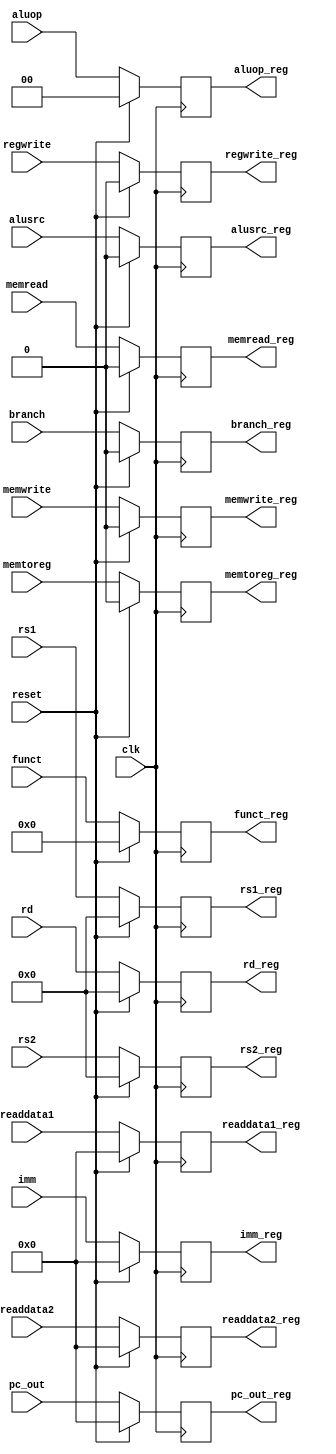

module ID_EX(
input clk,
input reset,
input  [63:0] pc_out,readdata1,readdata2, imm,
input  [4:0] rs1, rs2, rd,
input  [3:0] funct,
input  branch, memread, memtoreg, memwrite, regwrite, alusrc,
input  [1:0] aluop,
output reg [63:0]pc_out_reg,readdata1_reg,readdata2_reg, imm_reg,
output reg [4:0] rs1_reg, rs2_reg, rd_reg,
output reg [3:0] funct_reg,
output reg branch_reg, memread_reg, memtoreg_reg, memwrite_reg, regwrite_reg, alusrc_reg,
output reg [1:0] aluop_reg
    );
    
always @(posedge clk) begin
    if (reset == 1'b1)begin
        pc_out_reg = 0;
        readdata1_reg = 0;
        readdata2_reg = 0;
        imm_reg = 0;
        rs1_reg = 0;
        rs2_reg = 0;
        rd_reg = 0;
        funct_reg = 0;
        branch_reg = 0;
        memread_reg = 0;
        memtoreg_reg = 0;
        memwrite_reg = 0;
        regwrite_reg = 0;
        alusrc_reg = 0;
        aluop_reg = 0;
        end
    else begin
         pc_out_reg = pc_out;
        readdata1_reg = readdata1;
        readdata2_reg = readdata2;
        imm_reg = imm;
        rs1_reg = rs1;
        rs2_reg = rs2;
        rd_reg = rd;
        funct_reg = funct;
        branch_reg = branch;
        memread_reg = memread;
        memtoreg_reg = memtoreg;
        memwrite_reg = memwrite;
        regwrite_reg = regwrite;
        alusrc_reg = alusrc;
        aluop_reg = aluop;
        end
        
    end
endmodule